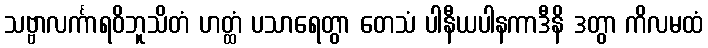
သဗ္ဗာလင်္ကာရဝိဘူသိတံ ဟတ္ထံ ပသာရေတွာ တေသံ ပါနီယပါနကာဒီနိ ဒတွာ ကိလမထံ